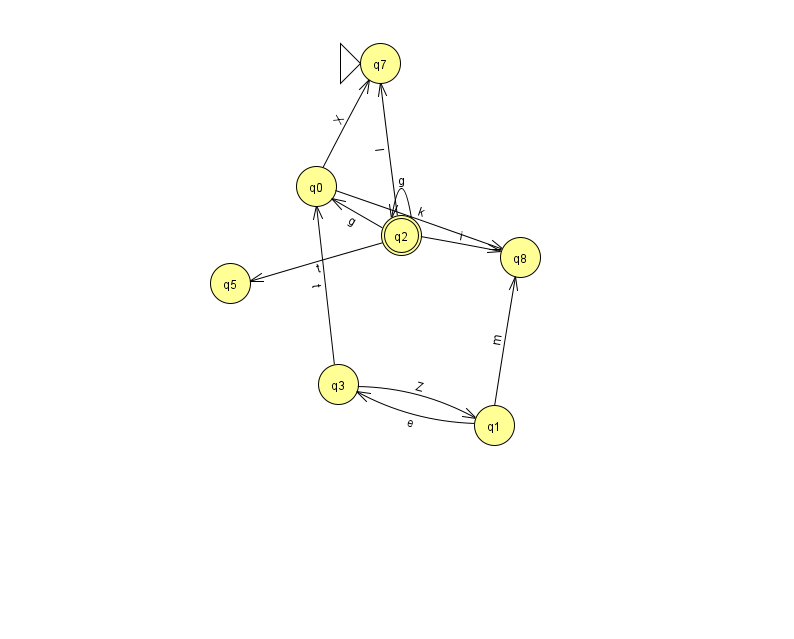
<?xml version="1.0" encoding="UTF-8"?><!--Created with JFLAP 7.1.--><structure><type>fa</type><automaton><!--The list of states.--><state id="0" name="q0"><x>316.0</x><y>173.0</y></state><state id="1" name="q1"><x>494.0</x><y>412.0</y></state><state id="2" name="q2"><x>401.0</x><y>222.0</y><final/></state><state id="3" name="q3"><x>338.0</x><y>371.0</y></state><state id="5" name="q5"><x>230.0</x><y>270.0</y></state><state id="7" name="q7"><x>380.0</x><y>50.0</y><initial/></state><state id="8" name="q8"><x>520.0</x><y>244.0</y></state><!--The list of transitions.--><transition><from>2</from><to>5</to><read>t</read></transition><transition><from>1</from><to>3</to><read>e</read></transition><transition><from>2</from><to>7</to><read>I</read></transition><transition><from>0</from><to>8</to><read>k</read></transition><transition><from>3</from><to>0</to><read>t</read></transition><transition><from>1</from><to>8</to><read>m</read></transition><transition><from>2</from><to>2</to><read>g</read></transition><transition><from>2</from><to>8</to><read>i</read></transition><transition><from>2</from><to>0</to><read>g</read></transition><transition><from>0</from><to>7</to><read>X</read></transition><transition><from>3</from><to>1</to><read>Z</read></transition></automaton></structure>